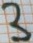
Text: 3